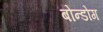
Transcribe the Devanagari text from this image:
बोन्डोग